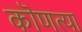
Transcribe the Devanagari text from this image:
कॊणत्या